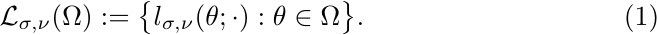
  \begin{align}
    \mathcal{L}_{\sigma,\nu}(\Omega):=\big\{l_{\sigma,\nu}(\theta;\cdot):\theta\in \Omega\big\}.
  \end{align}